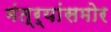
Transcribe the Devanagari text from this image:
मंत्र्यांसमोर